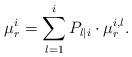
LaTeX: \begin{align*}\mu_r^i=\sum\limits_{l=1}^i {P_{l|i}\cdot \mu_r^{i,l}}. \end{align*}